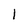
Character: l